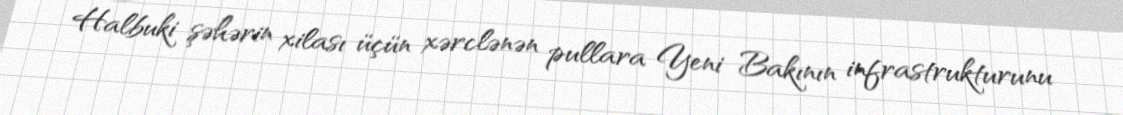
Halbuki şəhərin xilası üçün xərclənən pullara Yeni Bakının infrastrukturunu